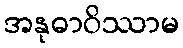
အနုဓာဝိဿာမ